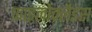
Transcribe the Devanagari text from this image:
फाइलोक्लैडस